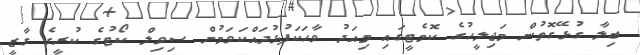
ބިލާ ގުޅޭގޮތުން މަޖިލީހުގެ ކޮމެޓީގައި މިއަދު ވާހަކަފުޅުދައްކަވަމުން ސިވިލް ކޯޓުގެ ކުރީގެ ގާޒީ